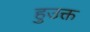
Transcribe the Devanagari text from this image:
हुउक्त